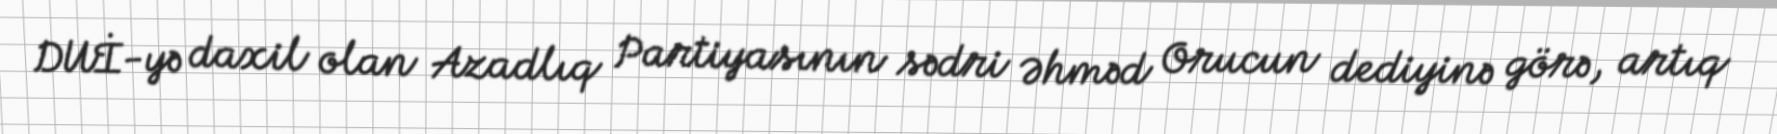
DUİ-yə daxil olan Azadlıq Partiyasının sədri Əhməd Orucun dediyinə görə, artıq